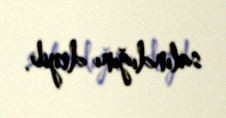
salındığını deyib.